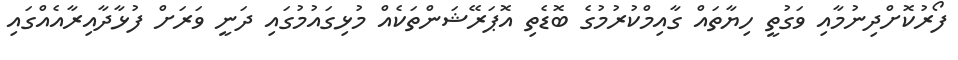
ފޯރުކޮށްދިނުމާއި ވަގުތީ ހިޔާތައް ގާއިމްކުރުމުގެ ބޮޑެތި އޮޕަރޭޝަންތަކެއް މުޅިގައުމުގައި ދަނީ ވަރަށް ފުޅާދާއިރާއެއްގައި